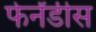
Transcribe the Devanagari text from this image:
फेर्नंडीस